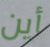
أين